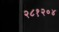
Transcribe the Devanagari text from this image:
२८१२०४